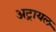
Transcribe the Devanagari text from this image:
अट्रायल